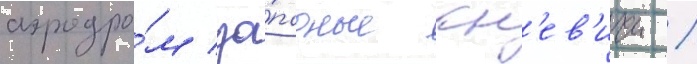
аэродро́м за́падные кн'ев'ичи /